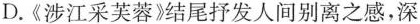
D.《涉江采芙蓉》结尾抒发人间别离之感，深